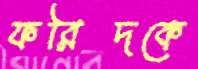
ফরিদকে